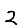
Digit: 2